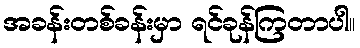
အခန်းတစ်ခန်းမှာ ရင်ခုန်ကြတာပါ။